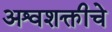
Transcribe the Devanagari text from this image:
अश्वशक्तीचे